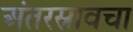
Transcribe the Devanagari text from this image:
अंतरस्रावचा